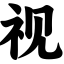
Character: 视